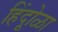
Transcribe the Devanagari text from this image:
हिंदूोळा